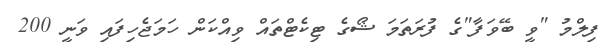
ފިލްމު "ވީ ބޭވަފާ"ގެ ފުރަތަމަ ޝޯގެ ޓިކެޓްތައް ވިއްކަން ހަމަޖެހިފައި ވަނީ 200